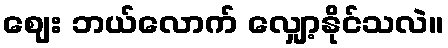
ဈေး ဘယ်လောက် လျှော့နိုင်သလဲ။